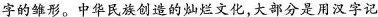
字的雏形。中华民族创造的灿烂文化，大部分是用汉字记